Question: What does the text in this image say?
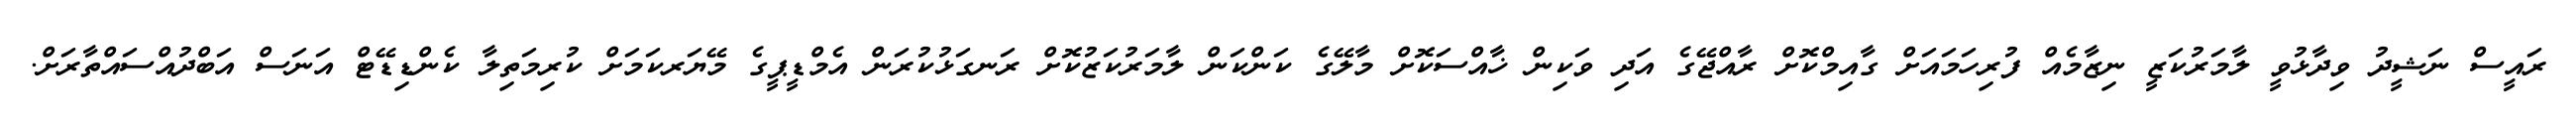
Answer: ރައީސް ނަޝީދު ވިދާޅުވީ ލާމަރުކަޒީ ނިޒާމެއް ފުރިހަމައަށް ގާއިމްކޮށް ރާއްޖޭގެ އަދި ވަކިން ޚާއްސަކޮށް މާލޭގެ ކަންކަން ލާމަރުކަޒުކޮށް ރަނގަޅުކުރަން އެމްޑީޕީގެ މޭޔަރކަމަށް ކުރިމަތިލާ ކެންޑިޑޭޓް އަނަސް އަބްދުއްސައްތާރަށް.